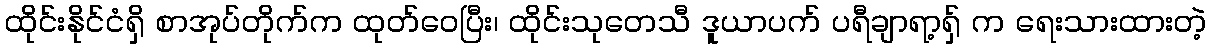
ထိုင်းနိုင်ငံရှိ စာအုပ်တိုက်က ထုတ်ဝေပြီး၊ ထိုင်းသုတေသီ ဒူယာပက် ပရီချာရာ့ရှ် က ရေးသားထားတဲ့